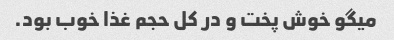
میگو خوش پخت و در کل حجم غذا خوب بود.